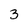
Character: 3